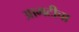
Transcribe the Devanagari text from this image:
आमटीचा